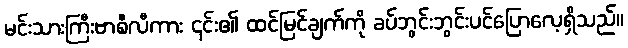
မင်းသားကြီးဗာစီလီကား ၎င်း၏ ထင်မြင်ချက်ကို ခပ်ဘွင်းဘွင်းပင်ပြောလေ့ရှိသည်။